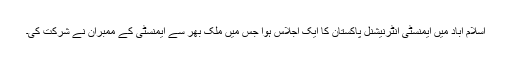
اسلام آباد میں ایمنسٹی انٹرنیشنل پاکستان کا ایک اجلاس ہوا جس میں ملک بھر سے ایمنسٹی کے ممبران نے شرکت کی۔